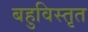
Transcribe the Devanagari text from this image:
बहुविस्तृत